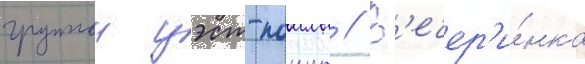
группои уэст-поинт // В'ечер'и́нка